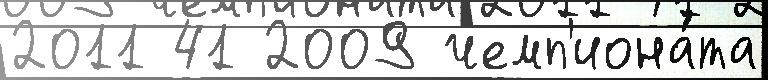
2011 41 2009 чемп'иона́та